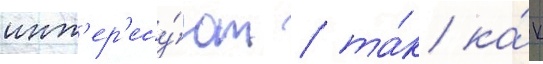
инт'ер'есу́ют / та́к ка́к